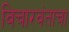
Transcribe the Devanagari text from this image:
विचारवंताचा